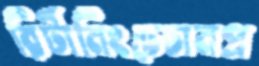
রির্টানিংচেচানপ্র